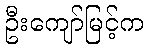
ဦးကျော်မြင့်က